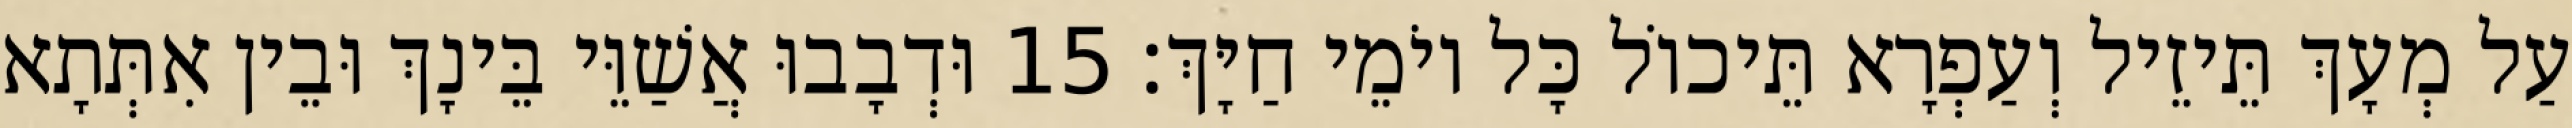
עַל מְעָךְ תֵּיזֵיל וְעַפְרָא תֵּיכוֹל כָּל יוֹמֵי חַיָּךְ׃ 15 וּדְבָבוּ אֲשַׁוֵּי בֵּינָךְ וּבֵין אִתְּתָא